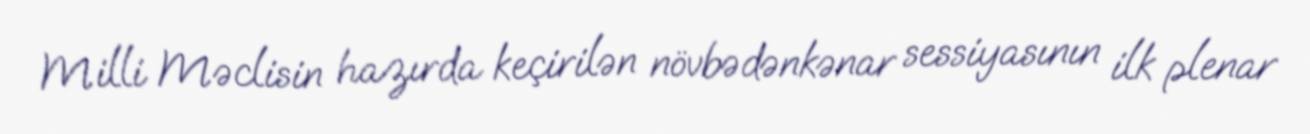
Milli Məclisin hazırda keçirilən növbədənkənar sessiyasının ilk plenar